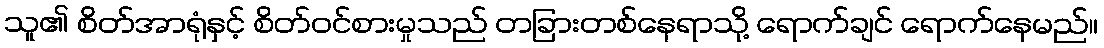
သူ၏ စိတ်အာရုံနှင့် စိတ်ဝင်စားမှုသည် တခြားတစ်နေရာသို့ ရောက်ချင် ရောက်နေမည်။